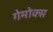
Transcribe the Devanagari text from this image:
गेमोक्स